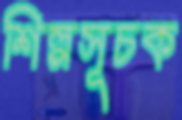
শিল্পসূচক